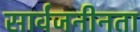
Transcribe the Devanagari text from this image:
सार्वजनीनता